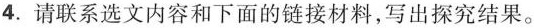
4.请联系选文内容和下面的链接材料,写出探究结果。